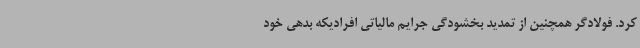
کرد. فولادگر همچنین از تمدید بخشودگی جرایم مالیاتی افرادیکه بدهی خود